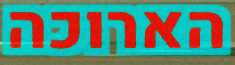
הארוכה